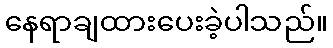
နေရာချထားပေးခဲ့ပါသည်။